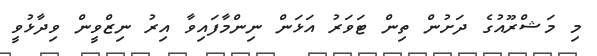
މި މަޝްރޫއުގެ ދަށުން ތިން ޓަވަރު އަޅަން ނިންމާފައިވާ އިރު ނިޒްވީން ވިދާޅުވީ